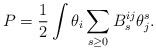
\begin{align*}P = \frac12 \int \theta_i \sum_{s\geq0} B_s^{ij} \theta^s_j .\end{align*}